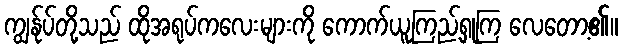
ကျွန်ုပ်တို့သည် ထိုအရုပ်ကလေးများကို ကောက်ယူကြည့်ရှုကြ လေတော့၏။